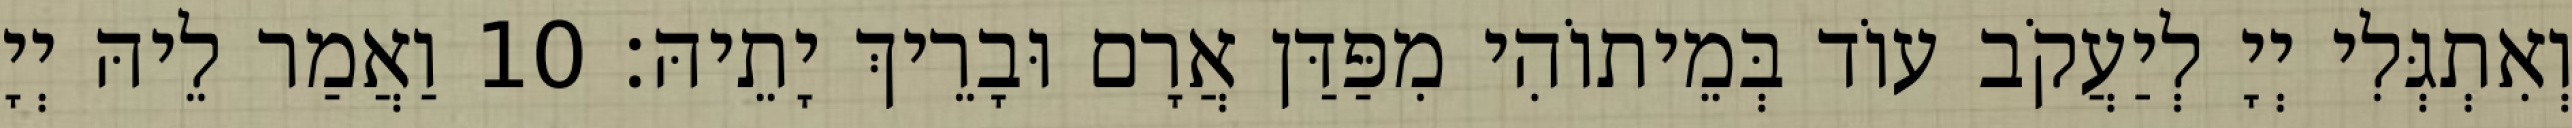
וְאִתְגְּלִי יְיָ לְיַעֲקֹב עוֹד בְּמֵיתוֹהִי מִפַּדַּן אֲרָם וּבָרֵיךְ יָתֵיהּ׃ 10 וַאֲמַר לֵיהּ יְיָ